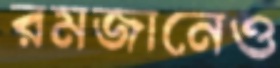
রমজানেও